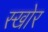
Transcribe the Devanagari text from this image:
स्खोर